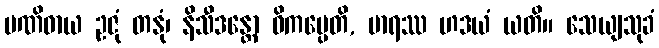
ပဏိဓာယ ဥဇုံ တနုံ၊ နိသီဒန္တော ဝိကမ္ပေတိ, မာရဿ ဟဒယံ ယတိ။ သေယျသုခံ